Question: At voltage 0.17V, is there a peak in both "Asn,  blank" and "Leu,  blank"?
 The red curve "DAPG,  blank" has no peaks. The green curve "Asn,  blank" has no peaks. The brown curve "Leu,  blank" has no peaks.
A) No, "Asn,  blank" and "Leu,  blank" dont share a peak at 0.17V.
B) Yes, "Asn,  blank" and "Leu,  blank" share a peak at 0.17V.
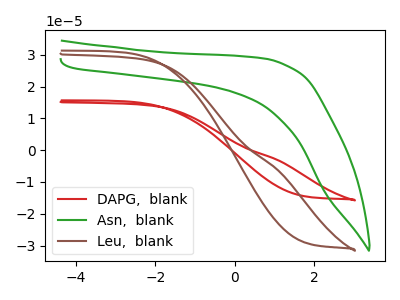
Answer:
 <answer>A) No, "Asn,  blank" and "Leu,  blank" dont share a peak at 0.17V.</answer>
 <eval>A</eval>